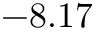
- 8 . 1 7